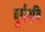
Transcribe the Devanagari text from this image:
दुर्गपति